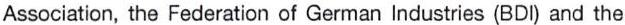
Association, the Federation of German Industries (BDI) and the